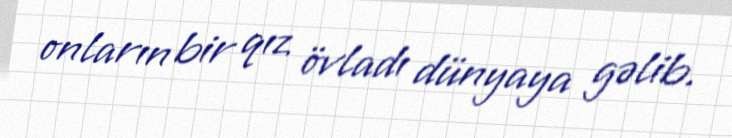
onların bir qız övladı dünyaya gəlib.